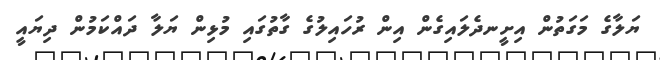
ޔަލާގެ މަގަތުން އިށީނދެލައިގެން އިން ރުހައިލުގެ ގާތުގައި މުޅިން ޔަލާ ދައްކަމުން ދިޔައީ